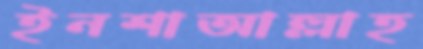
ইনশাআল্লাহ